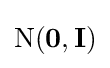
\operatorname {N} (\mathbf {0} ,\mathbf {I} )